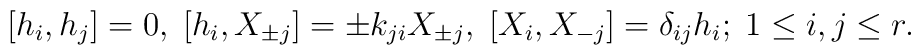
{}[h_i, h_j]=0,\;[h_i, X_{\pm  j}]=\pm k_{ji}X_{\pm j},\;[X_{i}, X_{-j}]=\delta _{ij}h_i;\;1\leq i,j\leq r.